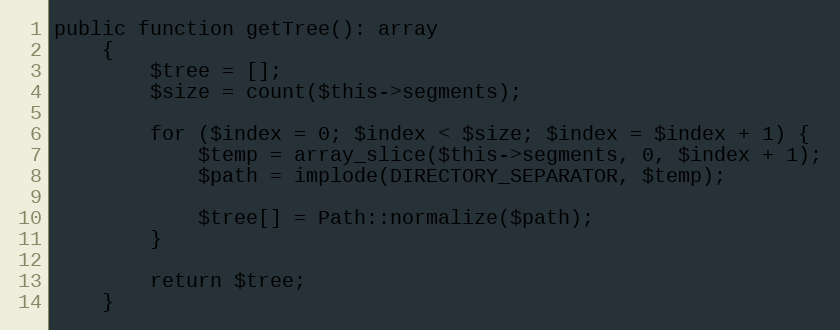
Language: PHP
public function getTree(): array
    {
        $tree = [];
        $size = count($this->segments);

        for ($index = 0; $index < $size; $index = $index + 1) {
            $temp = array_slice($this->segments, 0, $index + 1);
            $path = implode(DIRECTORY_SEPARATOR, $temp);

            $tree[] = Path::normalize($path);
        }

        return $tree;
    }